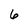
Character: 6